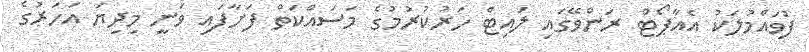
ފުވައްމުލަކު އެއާޕޯޓް ރަންވޭގައި ލައިޓް ހަރުކުރުމުގެ މަސައްކަތް ފަށާފައި ވަނީ މިދިޔަ އަހަރުގެ